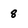
Character: 8